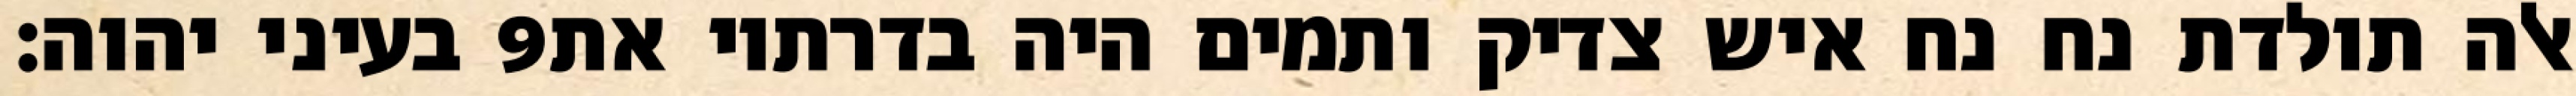
בעיני יהוה׃ ‎9‏ אלה תולדת נח נח איש צדיק ותמים היה בדרתיו את